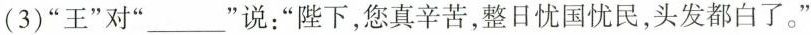
(3) ”王”对” ___ ”说：”陛下，您真辛苦，整日忧国忧民，头发都白了。”